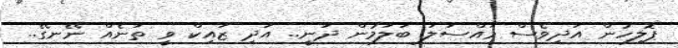
ޕޮލިހުން އަދިވެސް މައްސަލަ ބަލަމުން ދަނީ.. އަދި ޒައިކް ވީ ތަނެއް ނޭނގޭ..